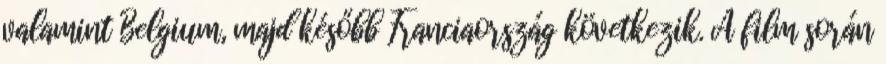
valamint Belgium, majd később Franciaország következik. A film során